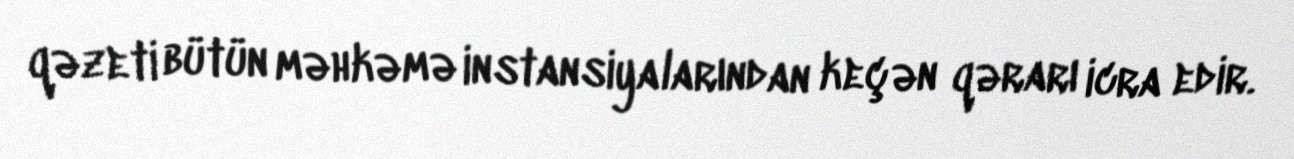
qəzeti bütün məhkəmə instansiyalarından keçən qərarı icra edir.